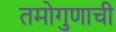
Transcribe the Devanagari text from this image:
तमोगुणाची